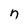
Character: n